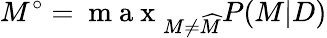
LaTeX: M^{\circ}=\mathrm{~m~a~x~}_{M\neq\widehat{M}}P(M|D)